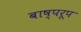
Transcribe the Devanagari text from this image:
बाष्परूप